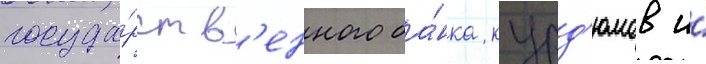
госуда́рств'енного ба́нка курд'юмов и́